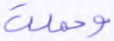
وحملت